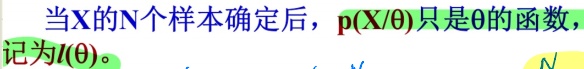
当$X$的$N$个样本确定后，$p(X/\theta)$只是$\theta$的函数，记为$l(\theta)$。